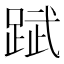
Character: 䟼